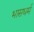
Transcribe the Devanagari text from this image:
भासधर्म